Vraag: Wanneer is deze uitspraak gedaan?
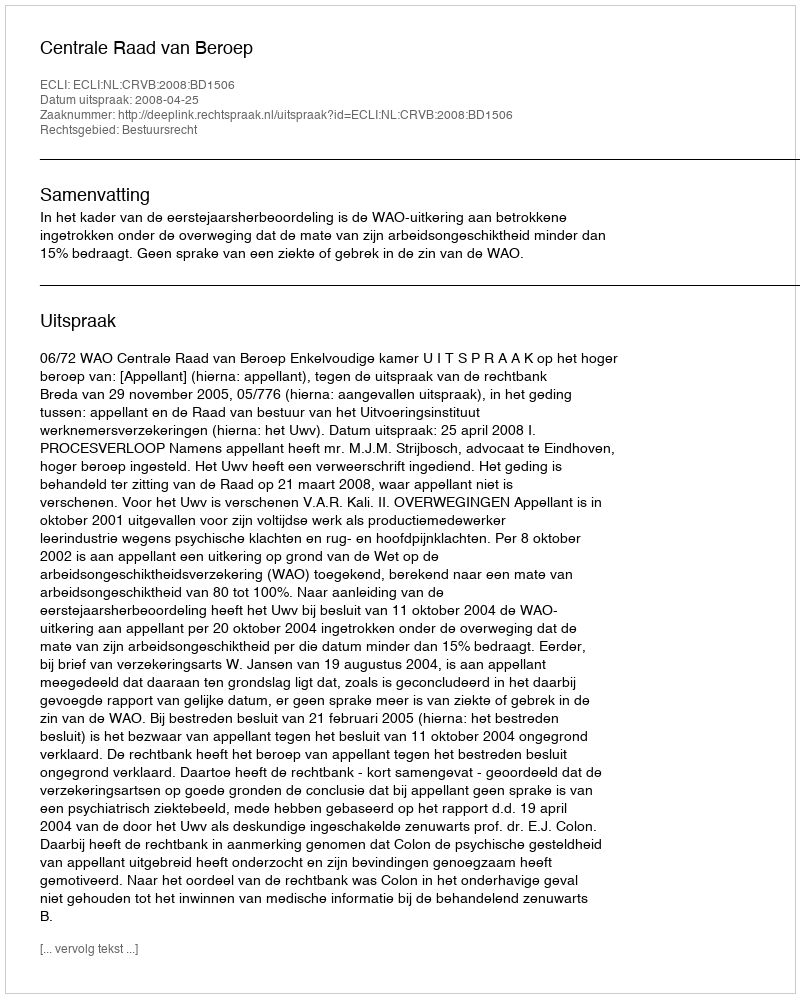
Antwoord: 2008-04-25